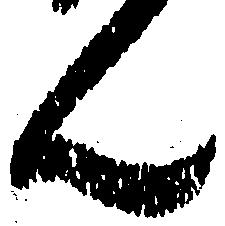
ん